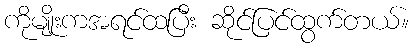
ကိုမျိုးကအရင်ထပြီး ဆိုင်ပြင်ထွက်တယ်။